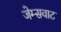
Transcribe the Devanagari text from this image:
जेम्सवाट